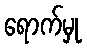
ရောက်မှု